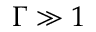
\Gamma \gg 1